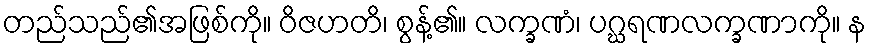
တည်သည်၏အဖြစ်ကို။ ဝိဇဟတိ၊ စွန့်၏။ လက္ခဏံ၊ ပဂ္ဃရဏလက္ခဏာကို။ န